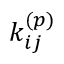
k _ { i j } ^ { ( p ) }